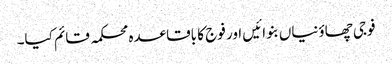
فوجی چھاؤنیاں بنوائیں اور فوج کا باقاعدہ محکمہ قائم کیا۔